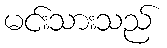
မင်းသားသည်